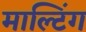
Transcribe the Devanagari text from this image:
माल्टिंग